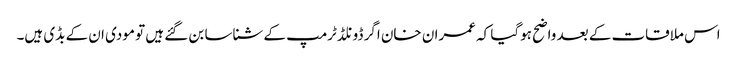
اس ملاقات کے بعد واضح ہوگیا کہ عمران خان اگر ڈونلڈ ٹرمپ کے شناسا بن گئے ہیں تو مودی ان کے بڈی ہیں۔